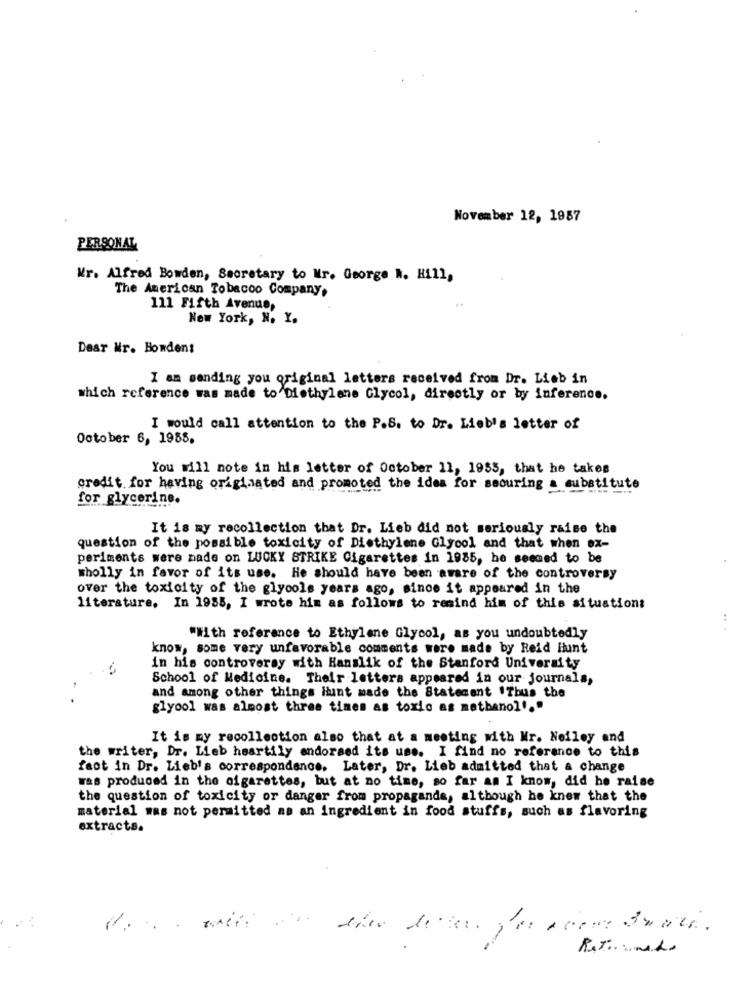
November 12, 1987
PERSONAL
Mr. Alfred Bowden, Secretary to Mr. George W. Hill,
The American Tobacco Company,
111 Fifth Avenue,
New York, N. Y.
Dear Mr. Howden:
I am sending you original letters received from Dr. Lieb in
which reference was made to Diethylene Glycol, directly or by inference.
I would call attention to the P.S. to Dr. Lieb's letter of
October 6, 1985,
You will note in his letter of October 11, 1955, that he takes
credit. for having originated and promoted the idea for securing a substitute
for glycerine.
It is my recollection that Dr. Lieb did not seriously raise the
question of the possible toxicity of Diethylene Glycol and that when ex-
periments were made on LUCKY STRIKE Cigarettes in 1985, he seemed to be
wholly in favor of its use. He should have been aware of the controversy
over the toxicity of the glycols years ago, since it appeared in the
literature. In 1955, I wrote him as follows to remind him of this situation:
..
"With reference to Ethylene Glycol, as you undoubtedly
know, some very unfavorable comments were made by Reid Hunt
in his controversy with Hanslik of the Stanford University
School of Medicine. Their letters appeared in our journals,
and among other things itunt made the Statement ITbus the
glyool was almost three times as toxic as methanol'."
It is my recollection also that at a meeting with Mr. Neiley and
the writer, Dr. Lieb heartily endorsed its use. I find no reference to this
fact in Dr. Lieb's correspondance. Later, Dr. Lieb admitted that a change
was produced in the cigarettes, but at no time, so far am I know, did he raise
the question of toxicity or danger from propaganda, although he knew that the
material was not permitted as an ingredient in food stuffs, such as flavoring
extracts.
-